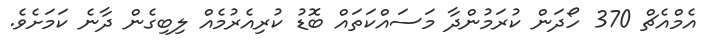
އެމްއެޗް 370 ހޯދަން ކުރަމުންދާ މަސައްކަތައް ބޮޑު ކުރިއެރުމެއް ލިބިގެން ދާނެ ކަމަށެވެ.